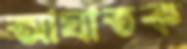
আঘাতক